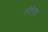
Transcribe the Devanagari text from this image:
संयोगद्रस